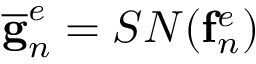
\mathbf { \overline { { g } } } _ { n } ^ { e } = S N ( \mathbf { f } _ { n } ^ { e } )